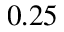
0 . 2 5